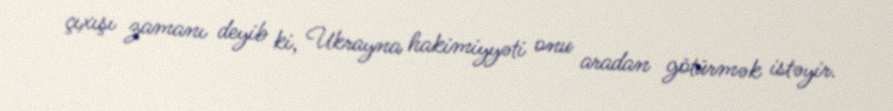
çıxışı zamanı deyib ki, Ukrayna hakimiyyəti onu aradan götürmək istəyir.